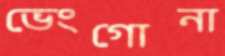
ভেংগোনা